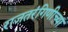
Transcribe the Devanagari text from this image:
राजतरंगिणीच्या